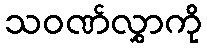
သဝဏ်လွှာကို